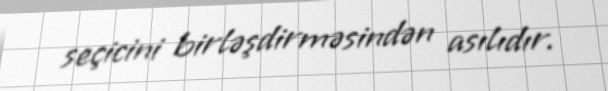
seçicini birləşdirməsindən asılıdır.